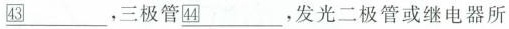
\underline ㊸，三极管\underline ㊹，发光二极管或继电器所